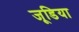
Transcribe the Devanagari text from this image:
जूडिया